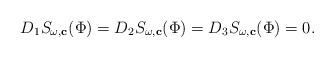
LaTeX: \begin{align*}D_{1}S_{\omega,\mathbf{c}}(\Phi)=D_{2}S_{\omega,\mathbf{c}}(\Phi)=D_{3}S_{\omega,\mathbf{c}}(\Phi)=0.\end{align*}